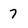
Character: 7